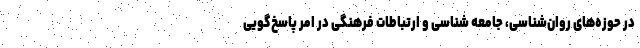
در حوزه‌های روان‌شناسی، جامعه شناسی و ارتباطات فرهنگی در امر پاسخ‌گویی